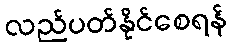
လည်ပတ်နိုင်စေရန်